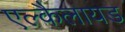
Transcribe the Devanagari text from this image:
एल्कैलायड